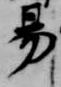
易